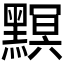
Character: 𪒄